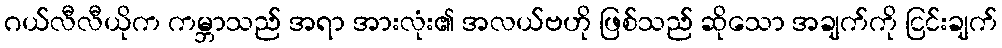
ဂယ်လီလီယိုက ကမ္ဘာသည် အရာ အားလုံး၏ အလယ်ဗဟို ဖြစ်သည် ဆိုသော အချက်ကို ငြင်းချက်